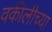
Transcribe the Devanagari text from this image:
वकीलीच्या